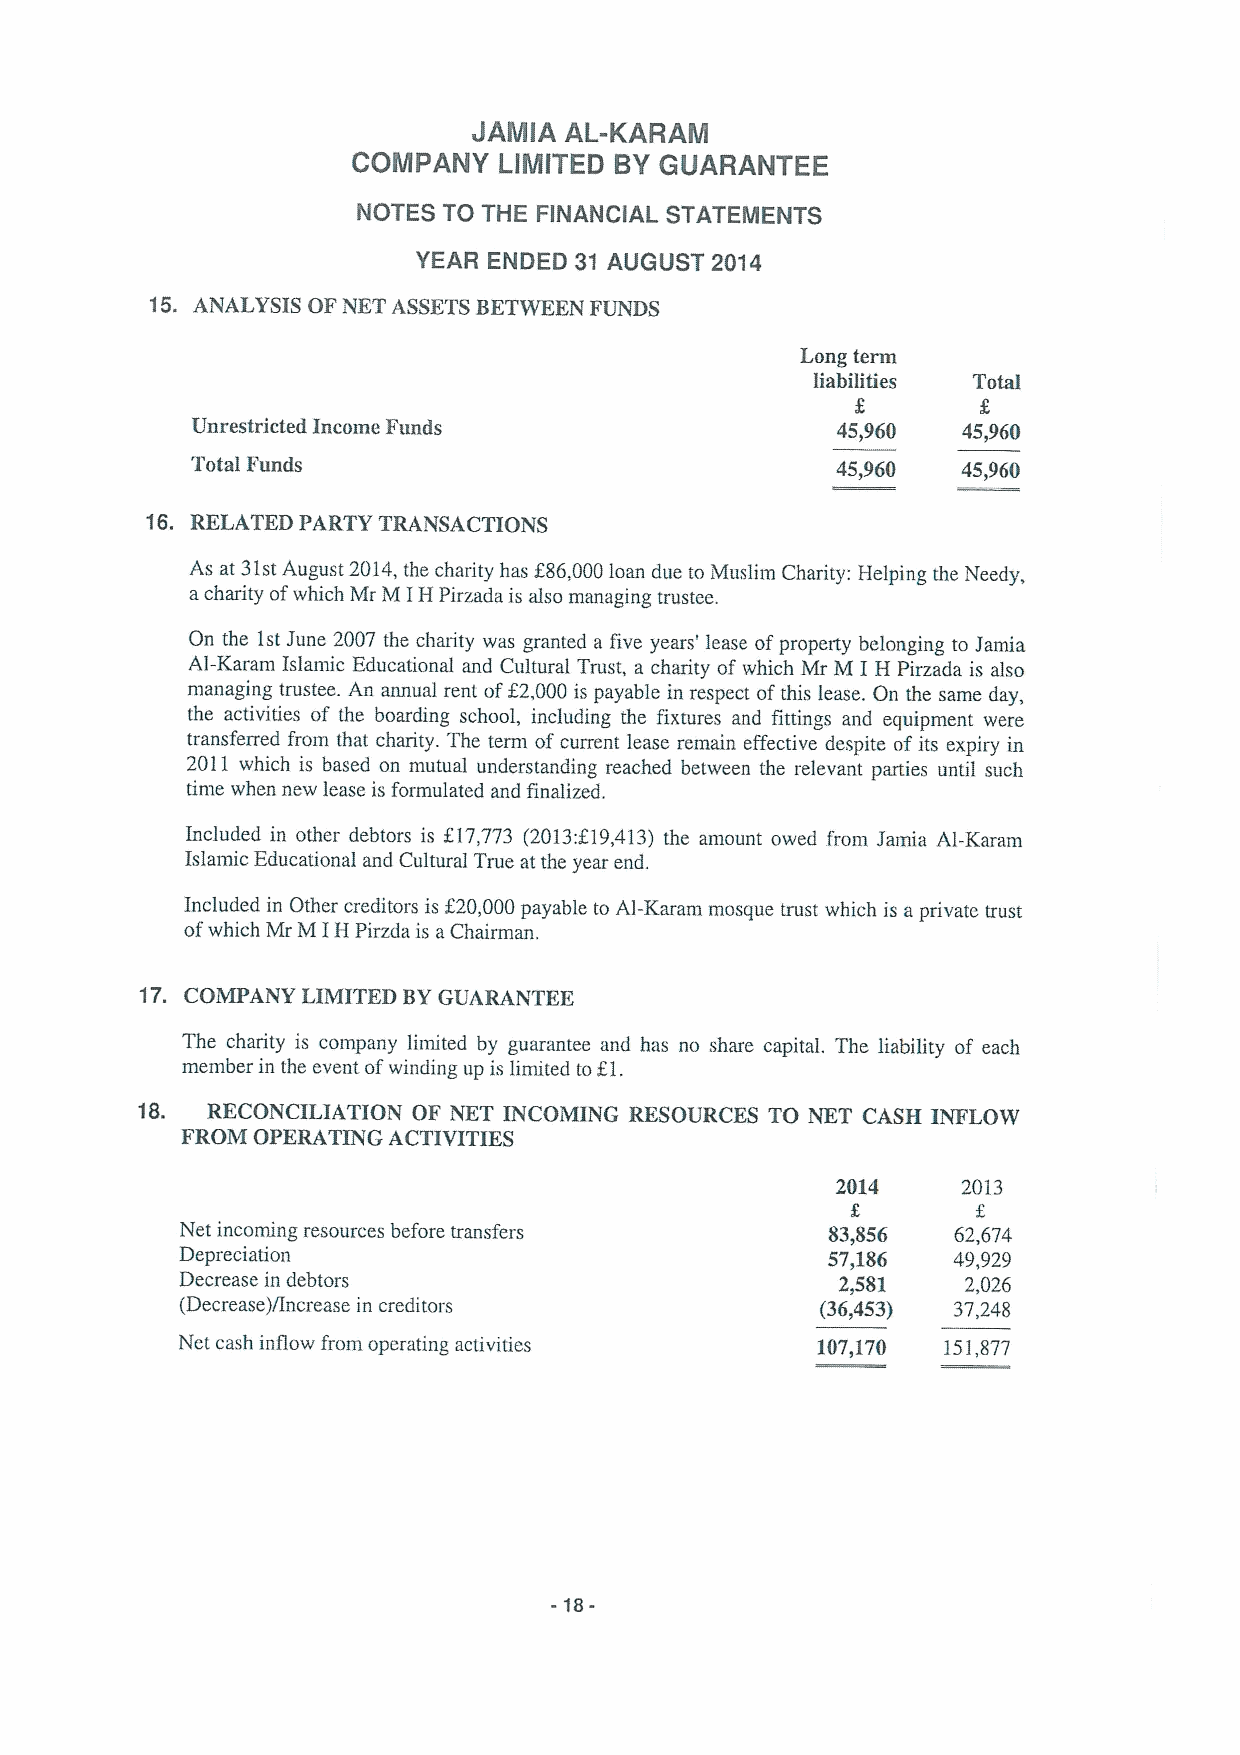
JAMlA AL-KARAM
 COMPANY   LIMlTED BY GUARANTEE
 NOTES TO THE FINANGIAL STATEMENTS
 YEAR ENDED 31 AUGUST 2014
 15. ANALYSIS OFNET ASSETSBETWEEN FUNDS
 Long term
 liabilities Total
 Unrestricted Income Funds                 45,960   45,960
 Total Funds                               45,960   45,960
 16. RELA.TEDPARTY TRANSACTIONS
 As at 31stAugust 2014,the charity has f86,000loan due to Muslim Charity: Helping the Needy,
 acharity ofwhich Mr M IH Pirzada is also managing trustee.
 On the 1stJune 2007 the charity was granted a five years' lease ofproperty belonging to Jamia
 Al-Karam Islatnic Educational and Cultural Trust, a charity of which Mr M I H Pirzada is also
 managing trustee. An annual rent of82,000is payable in respect ofthis lease. On the same day,
 the activities of the boarding school, including the fixtures and fittings and equipment were
 transferred from that charity. The term ofcurrent lease remain effective despite ofits expiry in
 2011 which is based on mutual understanding reached between the relevant parties until such
 time when new lease is formulated and finalized.
 Included in other debtors is f17,773 (2013:F194,13) the amount owed from Jamia Al-Karam
 Islamic Educational and Cultural True at the year end.
 Included in Other creditors is f20,000payable to Al-Karam mosque trust which is a private trust
 ofwhich Mr M IH Pirzda is aChairman,
 17. COMPANY LIMITED BYGUARANTEE
 The charity is company limited by guarantee and has no share capital. The liability of each
 member in the event ofwinding up is limited toEl.
 18.  RECONCILIATION OF i%ET INCOMING RESOURCES TO NET CASH INFLO%
 FROM OPERATING ACTIVITIES
 2014     2013
 Net incoming resources before transfers    83,856  62,674
 Depreciation                               57,186  49,929
 Decrease in debtors                         2,581   2,026
 (Decrease)/Increase in creditors          (36,453) 37,248
 Net cash inflow from operating activities 107,170 151,877
 -18-